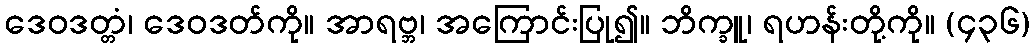
ဒေဝဒတ္တံ၊ ဒေဝဒတ်ကို။ အာရဗ္ဘ၊ အကြောင်းပြု၍။ ဘိက္ခူ၊ ရဟန်းတို့ကို။ (၄၃၆)